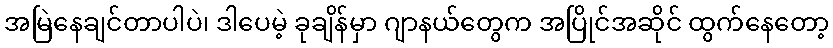
အမြဲနေချင်တာပါပဲ၊ ဒါပေမဲ့ ခုချိန်မှာ ဂျာနယ်တွေက အပြိုင်အဆိုင် ထွက်နေတော့